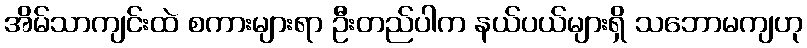
အိမ်သာကျင်းထဲ စကားများရာ ဦးတည်ပါက နယ်ပယ်များရှိ သဘောမကျဟု